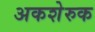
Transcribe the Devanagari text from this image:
अकशेरुक